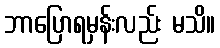
ဘာပြောရမှန်းလည်း မသိ။